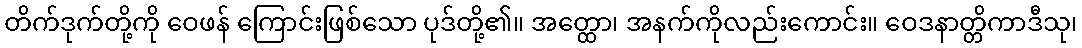
တိက်ဒုက်တို့ကို ဝေဖန် ကြောင်းဖြစ်သော ပုဒ်တို့၏။ အတ္ထော၊ အနက်ကိုလည်းကောင်း။ ဝေဒနာတ္တိကာဒီသု၊